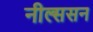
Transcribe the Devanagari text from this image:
नील्ससन